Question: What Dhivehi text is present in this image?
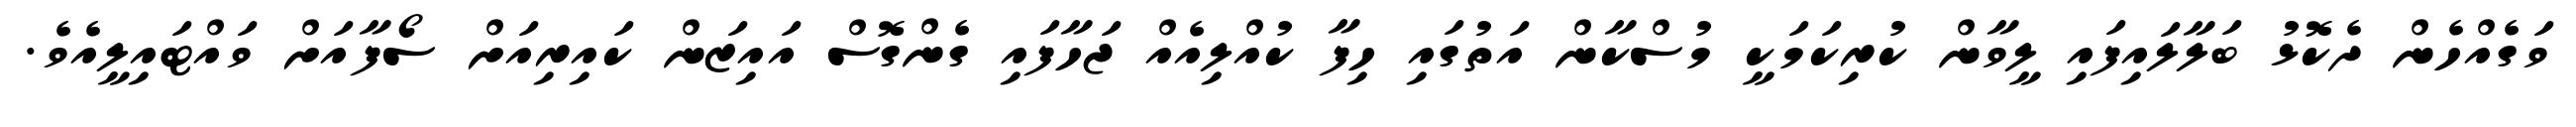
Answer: ވަގެއްހެން ދެކޮޅު ބަލާލައިފައި ލީވާން ކުރިކަމަކީ މުސްކާން އަތުގައި ހިފާ ކުއްލިއެއް ޖަހާފައި ގެންގޮސް އައިޒަން ކައިރިއަށް ސޯފާއަށް ވައްޓައިލީއެވެ.